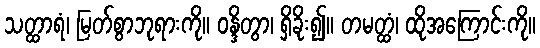
သတ္ထာရံ၊ မြတ်စွာဘုရားကို။ ဝန္ဒိတွာ၊ ရှိခိုး၍။ တမတ္ထံ၊ ထိုအကြောင်းကို။